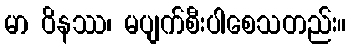
မာ ဝိနဿ၊ မပျက်စီးပါစေသတည်း။